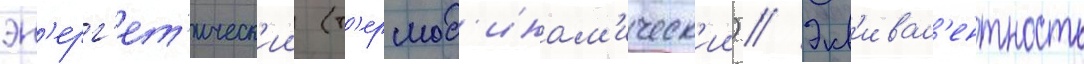
эн'ерг'ет'ическ'ии (т'ермод'инам'ическ'ии) // Экв'ивал'ентность